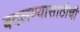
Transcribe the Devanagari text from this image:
बदलण्यासाठीची